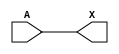
/*
 * Copyright 2020 The SkyWater PDK Authors
 *
 * Licensed under the Apache License, Version 2.0 (the "License");
 * you may not use this file except in compliance with the License.
 * You may obtain a copy of the License at
 *
 *     https://www.apache.org/licenses/LICENSE-2.0
 *
 * Unless required by applicable law or agreed to in writing, software
 * distributed under the License is distributed on an "AS IS" BASIS,
 * WITHOUT WARRANTIES OR CONDITIONS OF ANY KIND, either express or implied.
 * See the License for the specific language governing permissions and
 * limitations under the License.
 *
 * SPDX-License-Identifier: Apache-2.0
*/


`ifndef SKY130_FD_SC_HD__LPFLOW_CLKBUFKAPWR_FUNCTIONAL_V
`define SKY130_FD_SC_HD__LPFLOW_CLKBUFKAPWR_FUNCTIONAL_V

/**
 * lpflow_clkbufkapwr: Clock tree buffer on keep-alive power rail.
 *
 * Verilog simulation functional model.
 */

`timescale 1ns / 1ps
`default_nettype none

`celldefine
module sky130_fd_sc_hd__lpflow_clkbufkapwr (
    X,
    A
);

    // Module ports
    output X;
    input  A;

    // Local signals
    wire buf0_out_X;

    //  Name  Output      Other arguments
    buf buf0 (buf0_out_X, A              );
    buf buf1 (X         , buf0_out_X     );

endmodule
`endcelldefine

`default_nettype wire
`endif  // SKY130_FD_SC_HD__LPFLOW_CLKBUFKAPWR_FUNCTIONAL_V